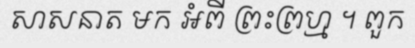
សាសនាត មក អំពី ព្រះព្រហ្ម ។ ពួក